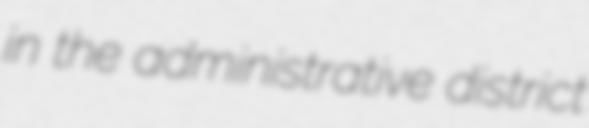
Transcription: in the administrative district